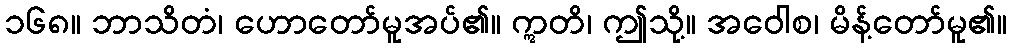
၁၆၈။ ဘာသိတံ၊ ဟောတော်မူအပ်၏။ ဣတိ၊ ဤသို့။ အဝေါစ၊ မိန့်တော်မူ၏။